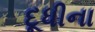
દૂધીના